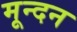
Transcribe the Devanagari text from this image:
मून्दन